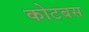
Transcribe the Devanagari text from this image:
कोटबस